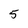
Character: 5